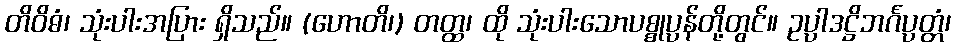
တိဝိဓံ၊ သုံးပါးအပြား ရှိသည်။ (ဟောတိ၊) တတ္ထ၊ ထို သုံးပါးသောပစ္စုပ္ပန်တို့တွင်။ ဥပ္ပါဒဋ္ဌိဘင်္ဂပ္ပတ္တံ၊